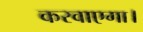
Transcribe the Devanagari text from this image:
करवाएगा।